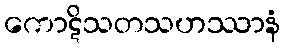
ကောဋိသတသဟဿာနံ